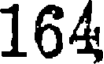
164